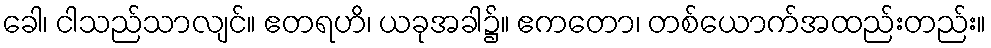
ခေါ၊ ငါသည်သာလျင်။ ဧတရဟိ၊ ယခုအခါ၌။ ဧကတော၊ တစ်ယောက်အထည်းတည်း။